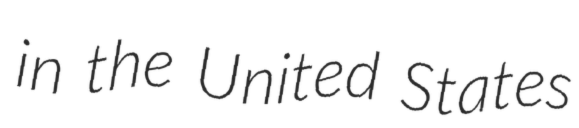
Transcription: in the United States